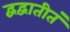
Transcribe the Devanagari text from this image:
द्वंद्वातीतं